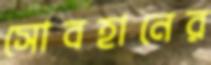
সোবহানের